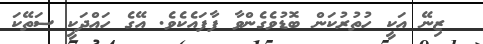
ޒިނޭ އަކީ ހުތުރުކަން ބޮޑުވެގެންވާ ފާފައެކެވެ. އޭގެ ހައްދަކީ ސަތޭކަ